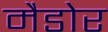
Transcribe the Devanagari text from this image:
मैडोर